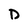
Character: D